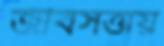
জীবসত্তায়